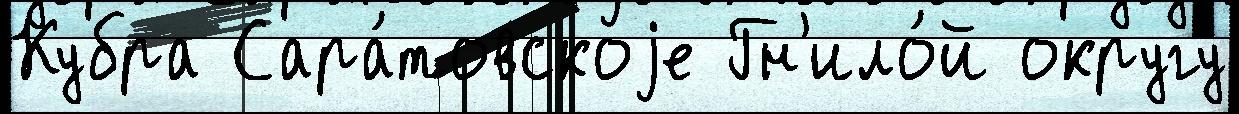
Кубра Сара́товскоjе Гн'ило́й округу